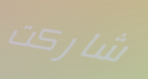
شاركت